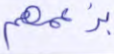
بزعمهم